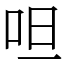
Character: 呾